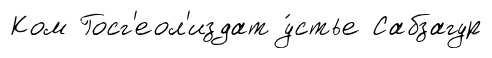
Ком Госг'еол'издат у́стье Сабзагур